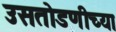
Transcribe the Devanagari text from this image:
उसतोडणीच्या